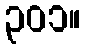
၃၀၁။